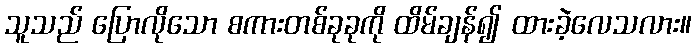
သူသည် ပြောလိုသော စကားတစ်ခုခုကို ထိမ်ချန်၍ ထားခဲ့လေသလား။